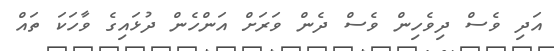
އަދި ވެސް ދިވެހިން ވެސް ދެން ވަރަށް އަންހެން ދުޅައިގެ ވާހަކަ ތައް